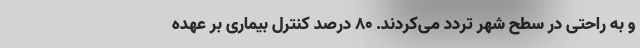
و به راحتی در سطح شهر تردد می‌کردند. ۸۰ درصد کنترل بیماری بر عهده